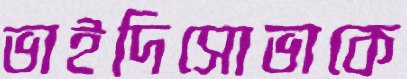
ভাইদিসোভাকে